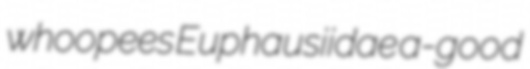
whoopees Euphausiidae a-good